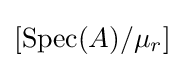
[{\text{Spec}}(A)/\mu _{r}]